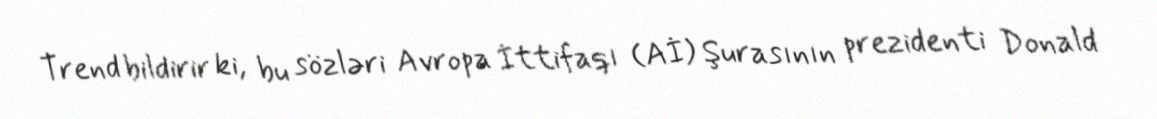
Trend bildirir ki, bu sözləri Avropa İttifaqı (Aİ) Şurasının prezidenti Donald